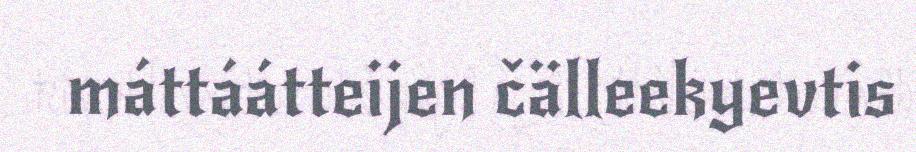
máttáátteijen čälleekyevtis